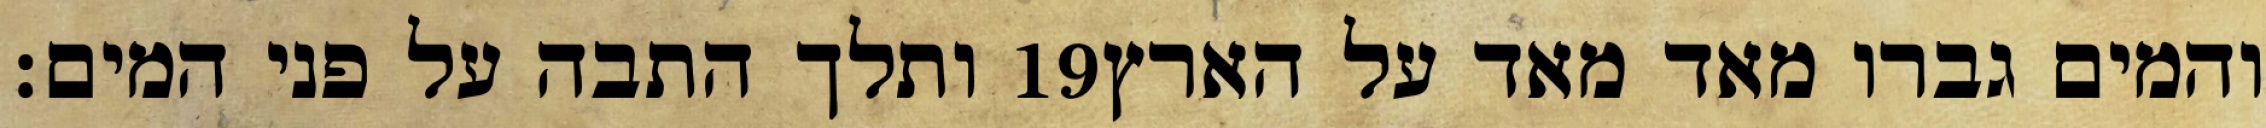
ותלך התבה על פני המים׃ ‎19‏ והמים גברו מאד מאד על הארץ